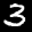
Label: 3